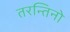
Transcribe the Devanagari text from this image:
तरन्तिनो